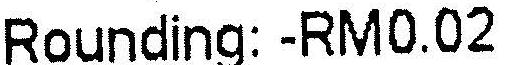
ROUNDING: -RM0.02